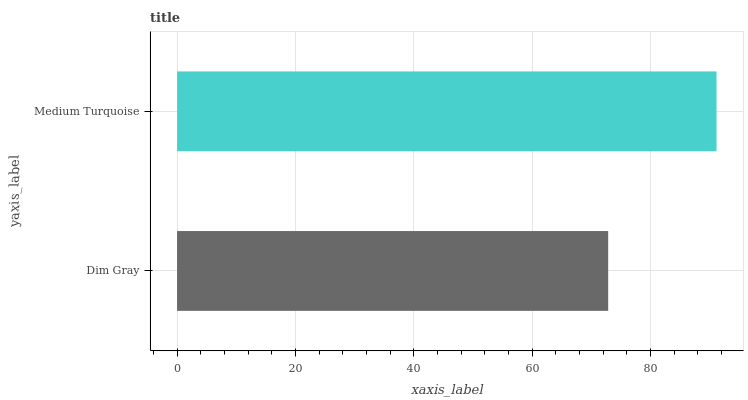
| yaxis_label | bars |
 | --- | --- |
 | Dim Gray | 72.9 |
 | Medium Turquoise | 91.2 |